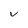
Character: V